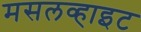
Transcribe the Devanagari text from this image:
मसलव्हाइट